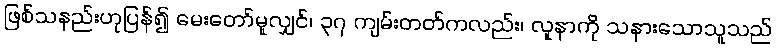
ဖြစ်သနည်းဟုပြန်၍ မေးတော်မူလျှင်၊ ၃၇ ကျမ်းတတ်ကလည်း၊ လူနာကို သနားသောသူသည်